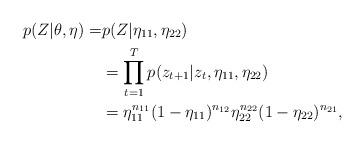
LaTeX: \begin{align*}p(Z|\theta,\eta)=& p(Z|\eta_{11},\eta_{22})\\&=\prod_{t=1}^{T}{p(z_{t+1}|z_t,\eta_{11},\eta_{22})}\\&=\eta_{11}^{n_{11}}(1-\eta_{11})^{n_{12}}\eta_{22}^{n_{22}}(1-\eta_{22})^{n_{21}},\end{align*}